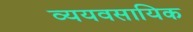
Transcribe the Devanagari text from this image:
व्ययवसायिक